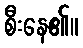
စီးနေ၏။